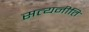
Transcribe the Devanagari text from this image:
सत्यनीति